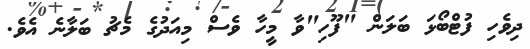
ދިވެހި ފުޓްބޯޅަ ބަލަން "ފޫހި"ވާ މީހާ ވެސް މިއަދުގެ މެޗު ބަލާނެ އެވެ.